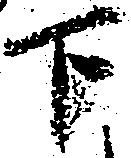
下